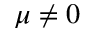
\mu \neq 0